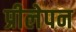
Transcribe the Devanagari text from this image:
प्रीलेपन